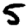
Digit: 5